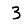
Digit: 3